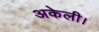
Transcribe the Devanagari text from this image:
अकेली।